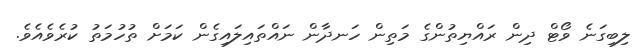
ލިބިގަނެ ވޯޓް ދިން ރައްޔިތުންގެ މަތިން ހަނދާން ނައްތައިލައިގެން ކަމަށް ތުހުމަތު ކުރެވެއެވެ.